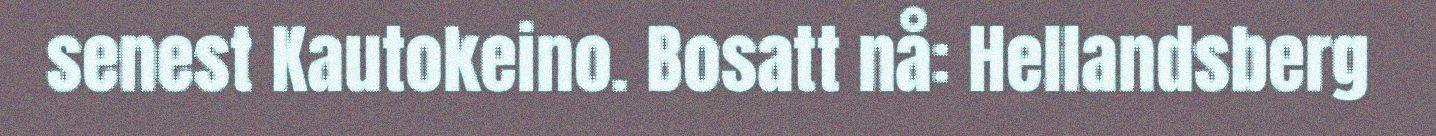
senest Kautokeino. Bosatt nå: Hellandsberg